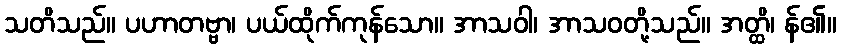
သတိသည်။ ပဟာတဗ္ဗာ၊ ပယ်ထိုက်ကုန်သော။ အာသဝါ၊ အာသဝတို့သည်။ အတ္ထိ၊ န်၏။